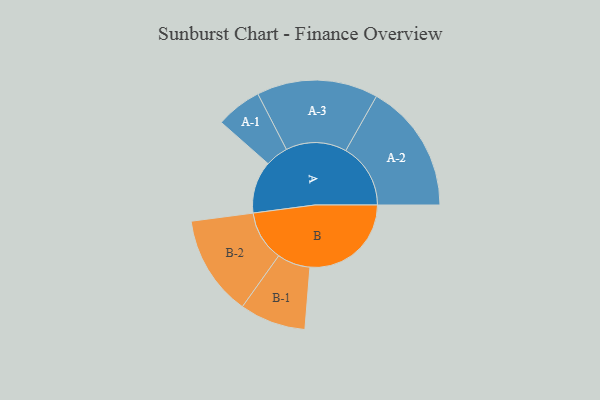
{"axis": {"x": "Segment", "y": "Value"}, "legend": ["", "A", "B"], "data": [{"x": "A", "y": 242, "type": ""}, {"x": "B", "y": 469, "type": ""}, {"x": "A-1", "y": 106, "type": "A"}, {"x": "A-2", "y": 300, "type": "A"}, {"x": "A-3", "y": 281, "type": "A"}, {"x": "B-1", "y": 153, "type": "B"}, {"x": "B-2", "y": 233, "type": "B"}]}